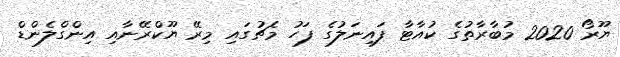
ޔޫރޯ 2020 މުބާރާތުގެ ކުއާޓާ ފައިނަލުގެ ފަހު މެޗުގައި މިރޭ ޔޫކްރޭނާއި އިންގްލެންޑް